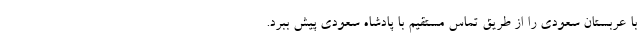
با عربستان سعودی را از طریق تماس مستقیم با پادشاه سعودی پیش ببرد.